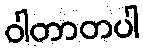
ဝါတာတပါ